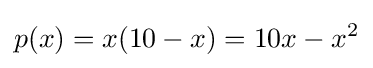
p(x)=x(10-x)=10x-x^{2}